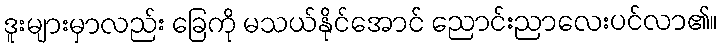
ဒူးများမှာလည်း ခြေကို မသယ်နိုင်အောင် ညောင်းညာလေးပင်လာ၏။